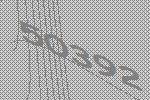
50392